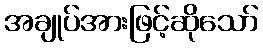
အချုပ်အားဖြင့်ဆိုသော်